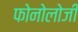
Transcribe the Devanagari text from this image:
फोनोलोजी